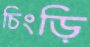
চিংড়ি